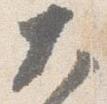
大